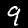
Digit: 9